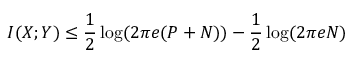
I ( X ; Y ) \leq { \frac { 1 } { 2 } } \log ( 2 \pi e ( P + N ) ) - { \frac { 1 } { 2 } } \log ( 2 \pi e N ) \,